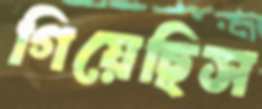
গিয়েছিস